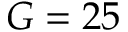
G = 2 5